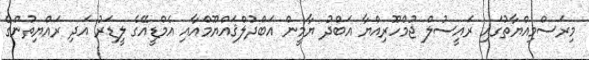
މިރަސްމިއްޔާތުގައި ރައީސުލް ޖުމްހޫރިއްޔާ އަބްދު ޔާމީން އަބްދުލްޤައްޔޫމްއާއި އެމްޑީއޭގެ ލީޑަރު އަދި ރައްޔިތުންގެ